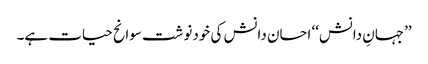
’’جہانِ دانش‘‘ احسان دانش کی خودنوشت سوانح حیات ہے۔